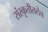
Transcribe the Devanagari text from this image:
संस्कृतीतलेच